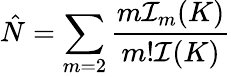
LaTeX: \hat{N}=\sum_{m=2}\frac{m{\cal I}_{m}(K)}{m!{\cal I}(K)}